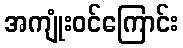
အကျုံးဝင်ကြောင်း